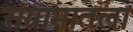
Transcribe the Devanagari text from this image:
संग्रामातला